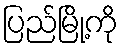
ပြည်မြို့ကို